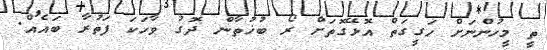
ތީ މީހުންނަށް ހަގީގަތް އޮޅޭގޮތަށް ރޯ ބުޚުތާން ދޮގު ވާހަކަ ފަތުރާ ބައެއް.